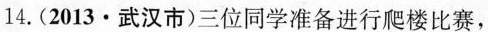
14.(2013 · 武汉市)三位同学准备进行爬楼比赛，